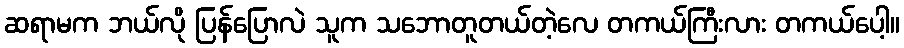
ဆရာမက ဘယ်လို ပြန်ပြောလဲ သူက သဘောတူတယ်တဲ့လေ တကယ်ကြီးလား တကယ်ပေါ့။